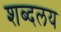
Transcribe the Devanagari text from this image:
शब्दलय